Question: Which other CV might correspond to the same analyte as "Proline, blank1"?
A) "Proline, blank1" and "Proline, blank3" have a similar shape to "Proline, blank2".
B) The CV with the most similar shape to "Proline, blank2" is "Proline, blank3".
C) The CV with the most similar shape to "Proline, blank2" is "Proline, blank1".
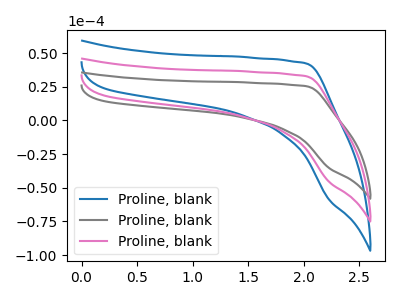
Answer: <think>The blue curve "Proline, blank1" has no peaks. The gray curve "Proline, blank2" has no peaks. The pink curve "Proline, blank3" has no peaks.
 Neither "Proline, blank1" or "Proline, blank2" have any peaks. Neither "Proline, blank1" or "Proline, blank3" have any peaks. Neither "Proline, blank2" or "Proline, blank3" have any peaks.</think>
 <answer>A) "Proline, blank1" and "Proline, blank3" have a similar shape to "Proline, blank2".</answer>
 <eval>A</eval>